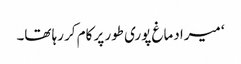
‘ میرا دماغ پوری طور پر کام کر رہا تھا۔